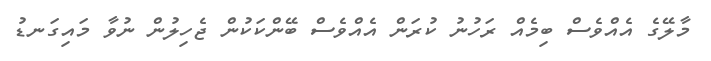
މާލޭގެ އެއްވެސް ބިމެއް ރަހުނު ކުރަން އެއްވެސް ބޭންކަކުން ޖެހިލުން ނުވާ މައިގަނޑު